Reports on military cantonments and civil stations in the Presidency of Bombay inspected by the Sanitary Commissioner in the years 1875 and 1876
Year: 1875
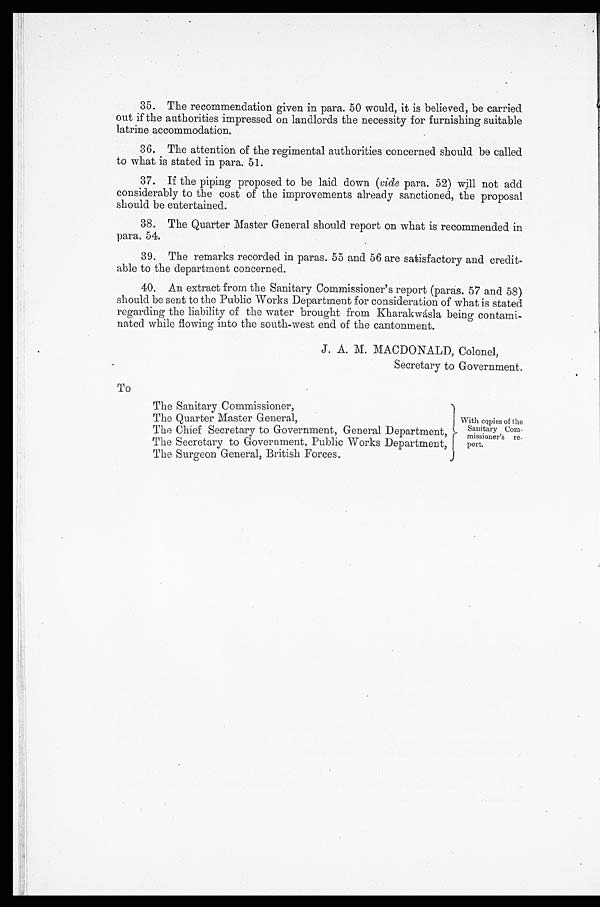
out if the authorities impressed on landlords the necessity for furnishing suitable
latrine accommodation.
36. The attention of the regimental authorities concerned should be called
to what is stated in para. 51.
37. If the piping proposed to be laid down ( vide para. 52) will not add
considerably to the cost of the improvements already sanctioned, the proposal
should be entertained.
38. The Quarter Master General should report on what is recommended in
para. 54.
39. The remarks recorded in paras. 55 and 56 are satisfactory and credit
-able to the department concerned.
40. An extract from the Sanitary Commissioner's report (paras. 57 and 58)
should be sent to the Public Works Department for consideration of what is stated
regarding the liability of the water brought from Kharakwásla being contami--
nated while flowing into the south-west end of the cantonment.
J. A. M. MACDONALD, Colonel,
Secretary to Government.
To
The Sanitary Commissioner,
The Quarter Master General,
With copies of the
The Chief Secretary to Government, General Department,
Sani t ary C o
m-
The Secretary to Government, Public Works Department,
missioner's re-
The Surgeon General, British Forces. port.